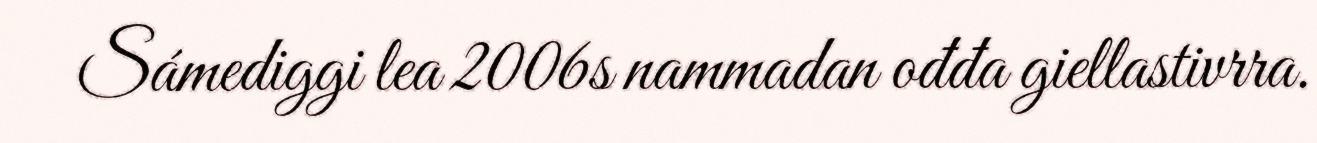
Sámediggi lea 2006s nammadan ođđa giellastivrra.